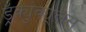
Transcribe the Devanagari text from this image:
ड्रॅक्युंक्यूलस